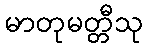
မာတုမတ္တီသု